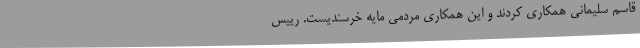
قاسم سلیمانی همکاری کردند و این همکاری مردمی مایه خرسندیست. رییس